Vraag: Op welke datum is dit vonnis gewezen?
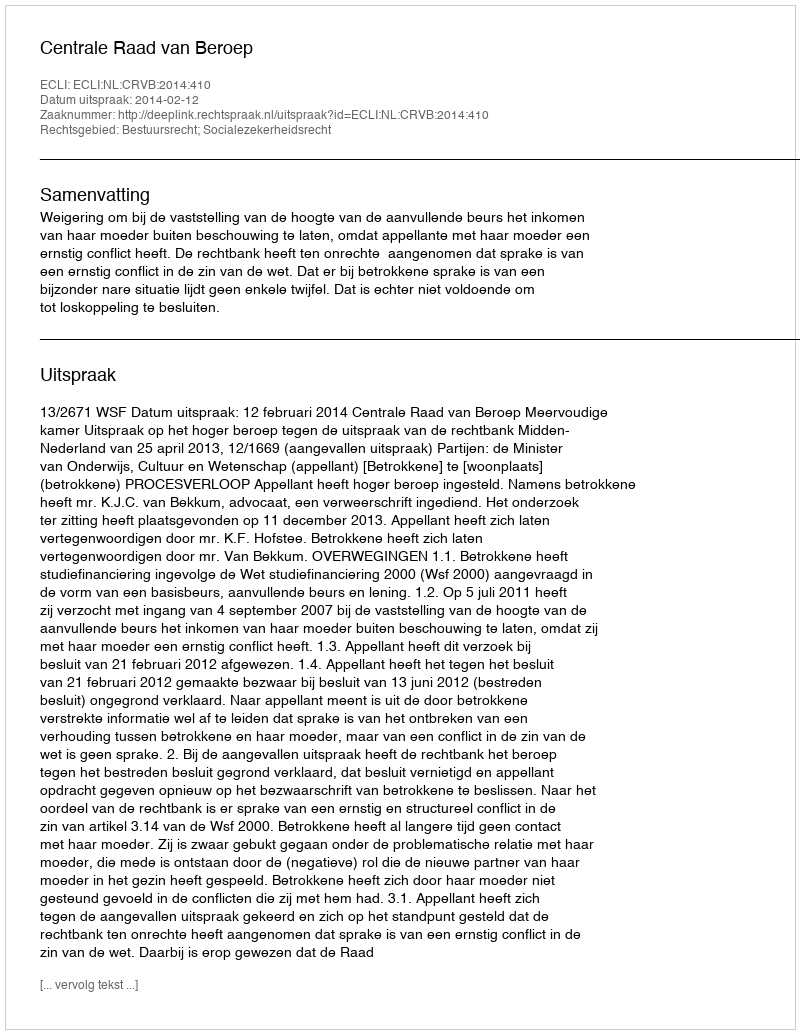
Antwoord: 2014-02-12